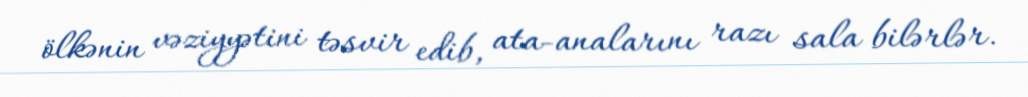
ölkənin vəziyyətini təsvir edib, ata-analarını razı sala bilərlər.